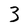
Character: 3